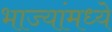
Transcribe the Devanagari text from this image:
भाज्यांमध्ये